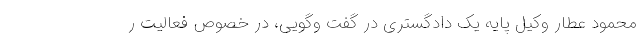
محمود‌ عطار وکیل پایه یک دادگستری در گفت ‌وگویی، در خصوص فعالیت ر